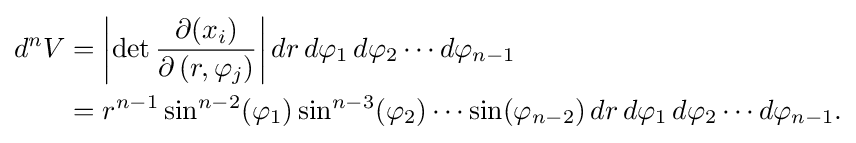
{\begin{aligned}d^{n}V&=\left|\det {\frac {\partial (x_{i})}{\partial \left(r,\varphi _{j}\right)}}\right|dr\,d\varphi _{1}\,d\varphi _{2}\cdots d\varphi _{n-1}\\&=r^{n-1}\sin ^{n-2}(\varphi _{1})\sin ^{n-3}(\varphi _{2})\cdots \sin(\varphi _{n-2})\,dr\,d\varphi _{1}\,d\varphi _{2}\cdots d\varphi _{n-1}.\end{aligned}}